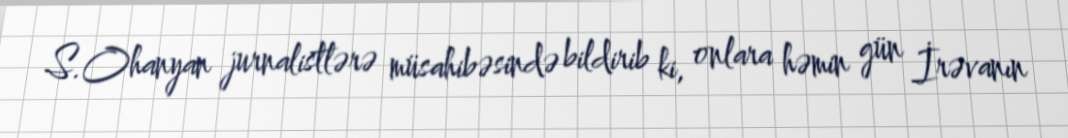
S.Ohanyan jurnalistlərə müsahibəsində bildirib ki, onlara həmin gün İrəvanın